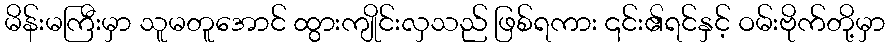
မိန်းမကြီးမှာ သူမတူအောင် ထွားကျိုင်းလှသည် ဖြစ်ရကား ၎င်း၏ရင်နှင့် ဝမ်းဗိုက်တို့မှာ